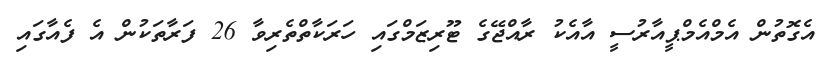
އެގޮތުން އެމްއެމްޕީއާރުސީ އާއެކު ރާއްޖޭގެ ޓޫރިޒަމްގައި ހަރަކާތްތެރިވާ 26 ފަރާތަކުން އެ ފެއާގައި